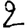
Digit: 2